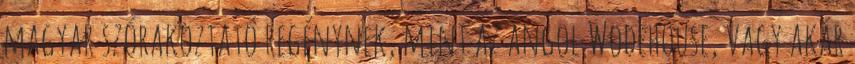
magyar szórakoztató regénynek, mint az angol Wodehouse, vagy akár